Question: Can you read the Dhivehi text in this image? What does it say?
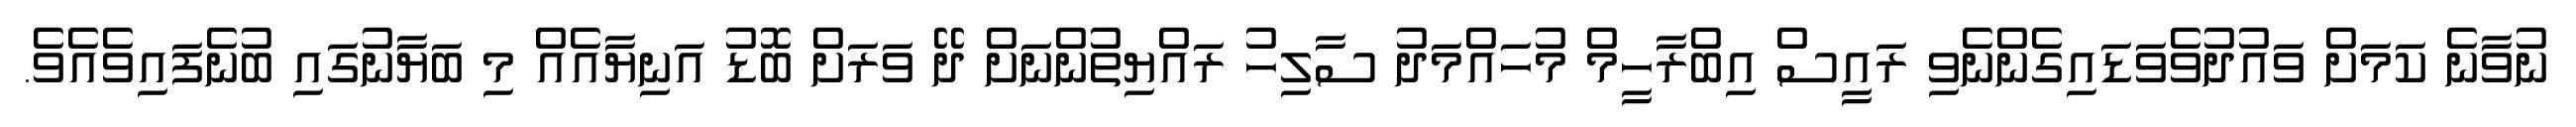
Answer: ނުވާނެ ކަމަށް ވައުދުވެވަޑައިގެންނެވި ރައީސް އިބްރާހީމް މުހައްމަދު ސާލިހު ރައްޔިތުންނަށް ދޭ ވަރަށް ބޮޑު އަނިޔާއެއް މި ބަޔާނުގައި ބުނެފައިވެއެވެ.